Structure of Hæmatopota pluvialis (Meigen) - Number 55
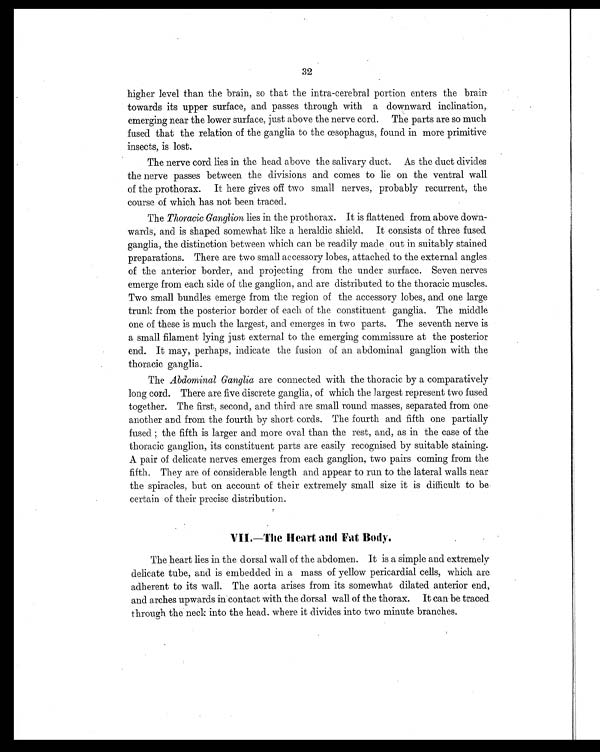
32
higher level than the brain, so that the intra-cerebral portion enters the brain
towards its upper surface, and passes through with a downward inclination,
emerging near the lower surface, just above the nerve cord. The parts are so much
fused; that the relation of the ganglia to the œsophagus, found in more primitive
insects, is lost.
The nerve cord lies in the head above the salivary duct. As the duct divides
the nerve passes between the divisions and comes to lie on the ventral wall
of the prothorax. It here gives off two small nerves, probably recurrent, the
course of which has not been traced.
The Thoracic Ganglion lies in the prothorax. It is flattened from above down
wards; and is shaped somewhat like a heraldic shield. It consists of three fused
ganglia, the distinction between which can be readily made out in suitably stained
preparations. There are two small accessory lobes, attached to the external angles
of the anterior border, and projecting from the under surface. Seven nerves
emerge from each side of the ganglion, and are distributed to the thoracic muscles.
Two small bundles emerge from the region of the accessory lobes, and one large
trunk from the posterior border of each of the constituent ganglia. The middle
one of these is much the largest, and emerges in two parts. The seventh nerve is
a small filament lying just external to the emerging commissure at the posterior
end. It may, perhaps, indicate the fusion of an abdominal ganglion with the
thoracic ganglia.
The Abdominal Ganglia are connected with the thoracic by a comparatively
long cord. There are five discrete ganglia, of which the largest represent two fused
together. The first, second, and third are small round masses, separated from one
another and from the fourth by short cords. The fourth and fifth one partially
fused the fifth is larger and more oval than the rest, and, as in the case of the
thoracic ganglion, its constituent parts are easily recognised by suitable staining.
A pair of delicate nerves emerges from each ganglion, two pairs coming from the
fifth. They are of considerable length and appear to run to the lateral walls near
the spiracles, but on account of their extremely small size it is difficult to be
certain of their precise distribution.
VII.—The Heart and Fat Body.
The heart lies in the dorsal wall of the abdomen. It is a simple and extremely
delicate tube, and is embedded in a mass of yellow pericardial cells, which are
adherent to its wall. The aorta arises from its somewhat dilated anterior end,
and arches upwards in contact with the dorsal wall of the thorax. It can be traced
through the neck into the head where it divides into two minute branches.